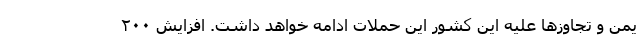
یمن و تجاوزها علیه این کشور این حملات ادامه خواهد داشت. افزایش ٢٠٠